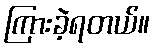
ကြားခဲ့ရတယ်။